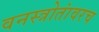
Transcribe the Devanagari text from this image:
वनस्त्रोतांवरच